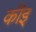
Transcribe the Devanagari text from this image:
कीइ